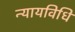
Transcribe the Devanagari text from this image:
न्यायविधि